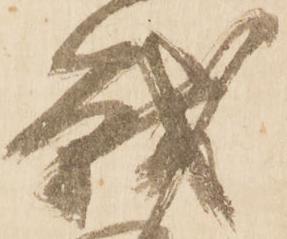
戦